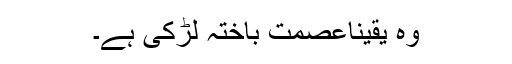
وہ یقیناًعصمت باختہ لڑکی ہے۔